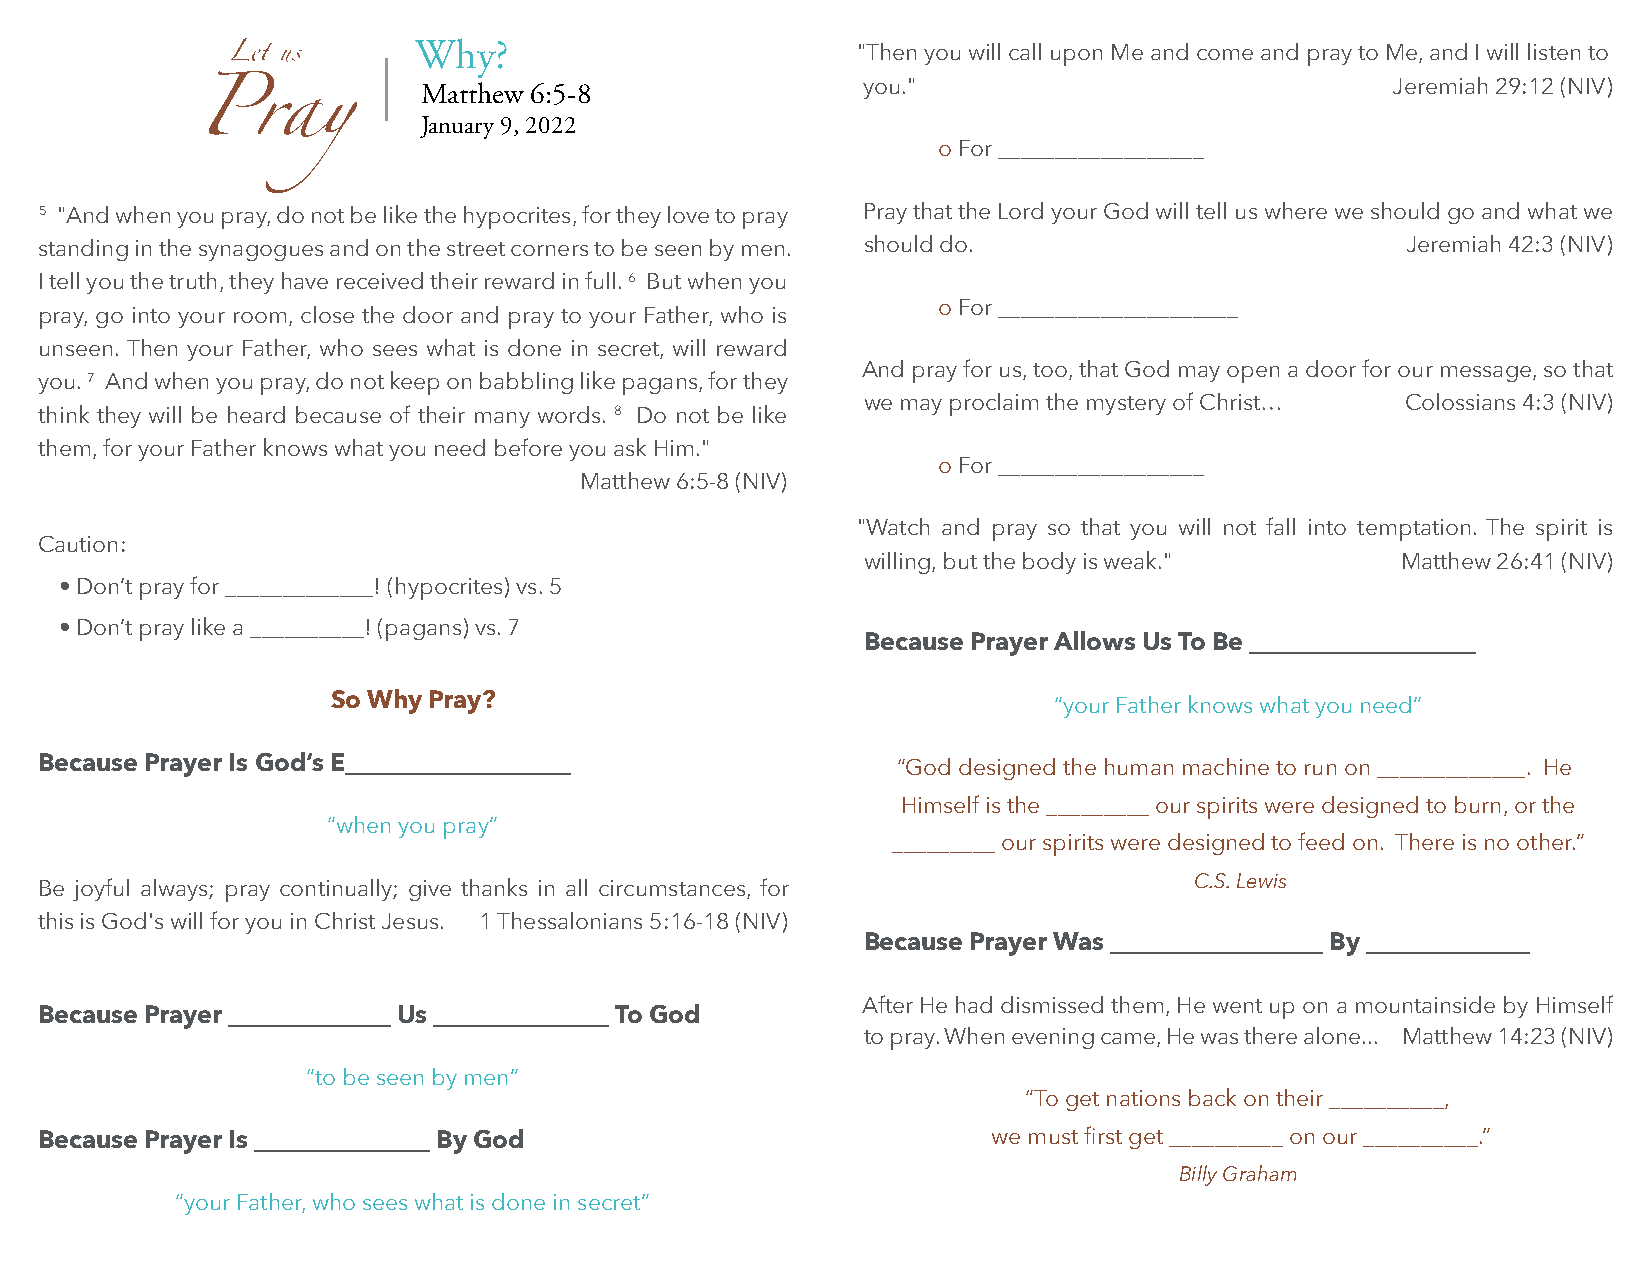
Why?                          "Then you will call upon Me and come and pray to Me, and I will listen to
 |
 Matthew 6:5-8                you."                              Jeremiah 29:12 (NIV)
 January 9, 2022
 o For __________________
 5 "And when you pray, do not be like the hypocrites, for they love to pray Pray that the Lord your God will tell us where we should go and what we
 standing in the synagogues and on the street corners to be seen by men. should do.        Jeremiah 42:3 (NIV)
 I tell you the truth, they have received their reward in full. 6 But when you
 o For _____________________
 pray, go into your room, close the door and pray to your Father, who is
 unseen. Then your Father, who sees what is done in secret, will reward
 And pray for us, too, that God may open a door for our message, so that
 you. 7 And when you pray, do not keep on babbling like pagans, for they
 we may proclaim the mystery of Christ… Colossians 4:3 (NIV)
 think they will be heard because of their many words. 8 Do not be like
 them, for your Father knows what you need before you ask Him."
 o For __________________
 Matthew 6:5-8 (NIV)
 "Watch and pray so that you will not fall into temptation. The spirit is
 Caution:
 willing, but the body is weak."     Matthew 26:41 (NIV)
 • Don’t pray for _____________! (hypocrites) vs. 5
 • Don’t pray like a __________! (pagans) vs. 7
 Because Prayer Allows Us To Be __________________
 So Why Pray?                                    “your Father knows what you need”
 Because Prayer Is God’s E__________________             “God designed the human machine to run on _____________. He
 Himself is the _________ our spirits were designed to burn, or the
 “when you pray”
 _________ our spirits were designed to feed on. There is no other.”
 C.S. Lewis
 Be joyful always; pray continually; give thanks in all circumstances, for
 this is God's will for you in Christ Jesus. 1 Thessalonians 5:16-18 (NIV)
 Because Prayer Was _________________ By _____________
 After He had dismissed them, He went up on a mountainside by Himself
 Because Prayer _____________ Us ______________ To God
 to pray. When evening came, He was there alone... Matthew 14:23 (NIV)
 “to be seen by men”
 “To get nations back on their __________,
 Because Prayer Is ______________ By God                        we must first get __________ on our __________.”
 Billy Graham
 “your Father, who sees what is done in secret”